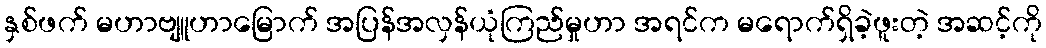
နှစ်ဖက် မဟာဗျူဟာမြောက် အပြန်အလှန်ယုံကြည်မှုဟာ အရင်က မရောက်ရှိခဲ့ဖူးတဲ့ အဆင့်ကို